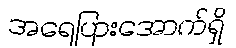
အရေပြားအောက်ရှိ